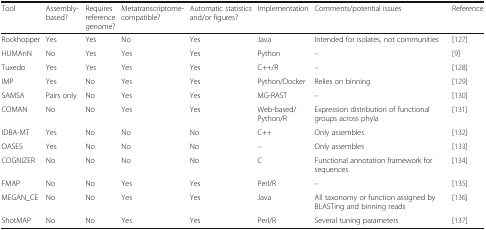
| Tool | Assembly-based? | Requires reference genome? | Metatranscriptome-compatible? | Automatic statistics and/or figures? | Implementation | Comments/potential issues | Reference |
 | --- | --- | --- | --- | --- | --- | --- | --- |
 | Rockhopper | Yes | Yes | No | Yes | Java | Intended for isolates, not communities | [127] |
 | HUMAnN | No | Yes | Yes | Yes | Python | – | [9] |
 | Tuxedo | Yes | Yes | Yes | Yes | C++/R | – | [128] |
 | IMP | Yes | No | Yes | Yes | Python/Docker | Relies on binning | [129] |
 | SAMSA | Pairs only | No | Yes | Yes | MG-RAST | – | [130] |
 | COMAN | No | No | Yes | Yes | Web-based/Python/R | Expression distribution of functional groups across phyla | [131] |
 | IDBA-MT | Yes | No | No | No | C++ | Only assembles | [132] |
 | OASES | Yes | No | No | No | – | Only assembles | [133] |
 | COGNIZER | No | No | No | No | C | Functional annotation framework for sequences | [134] |
 | FMAP | No | No | Yes | Yes | Perl/R | – | [135] |
 | MEGAN_CE | No | No | Yes | Yes | Java | All taxonomy or function assigned by BLASTing and binning reads | [136] |
 | ShotMAP | No | No | Yes | Yes | Perl/R | Several tuning parameters | [137] |